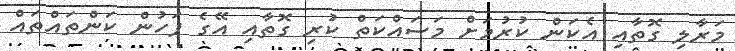
މަރާލި ގޮތާއި އެކަން ކުރުމަށް މަސައްކަތް ކުރި ގޮތާއި އޭގެ ފަހުން ކަންތައްތައް